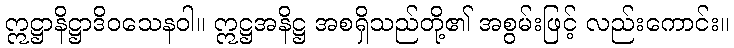
ဣဋ္ဌာနိဋ္ဌာဒိဝသေနဝါ။ ဣဋ္ဌအနိဋ္ဌ အစရှိသည်တို့၏ အစွမ်းဖြင့် လည်းကောင်း။